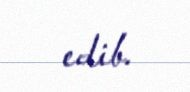
edib.